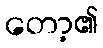
တော့၏